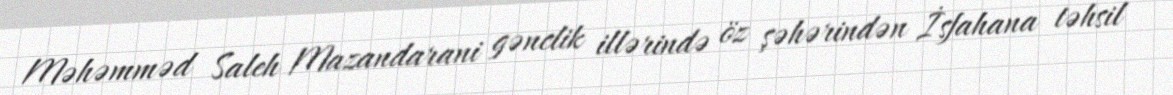
Məhəmməd Saleh Mazandarani gənclik illərində öz şəhərindən İsfahana təhsil